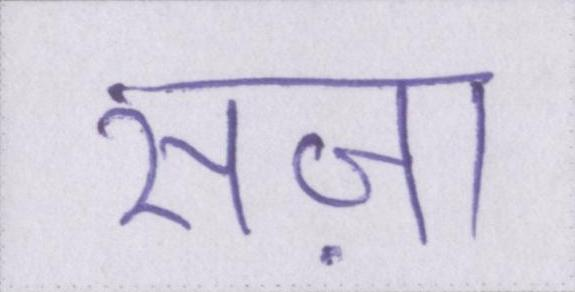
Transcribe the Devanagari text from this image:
सज़ा